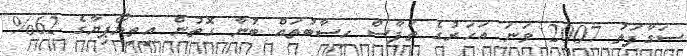
ސަގާފަތު 2007 ވަނަ އަހަރުގެ ތަފާސް ހިސާބުތައް ބުނާ ގޮތުން އިތިޔޯޕިޔާގެ 62%